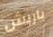
باريش